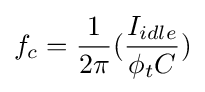
f_{c}={\frac {1}{2\pi }}({\frac {I_{idle}}{\phi _{t}C}})